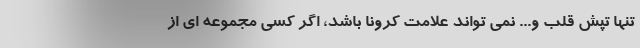
تنها تپش قلب و... نمی تواند علامت کرونا باشد، اگر کسی مجموعه ای از